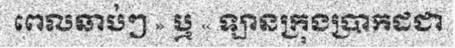
ពេលឆាប់ៗ » ឬ « ឡានក្រុងប្រាកដជា